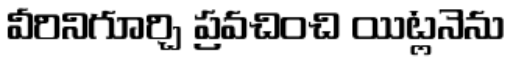
వీరినిగూర్చి ప్రవచించి యిట్లనెను